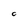
Character: C